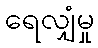
ရေလျှံမှု